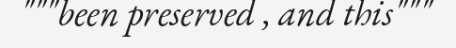
"""been preserved , and this"""